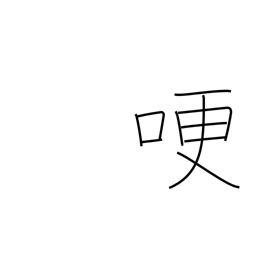
Meaning: get choked up